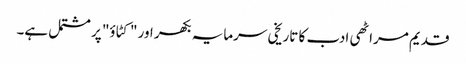
قدیم مراٹھی ادب کا تاریخی سرمایہ بکھر اور "کٹاؤ" پر مشتمل ہے۔